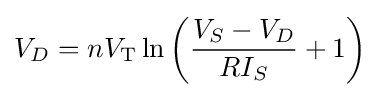
V_{D}=nV_{\text{T}}\ln \left({\frac {V_{S}-V_{D}}{RI_{S}}}+1\right)